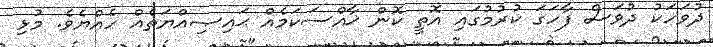
ދުވަހަކު ދުވަސް ފާހަގަ ކުރުމުގައި އޮތީ ކޮން ޚާއްސަކަމެއް ޙައިޞިއްޔަތެއް ހެއްޔެވެ. މުޅި